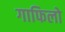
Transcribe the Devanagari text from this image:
गाफिलो